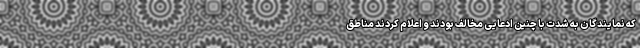
که نمایندگان به شدت با چنین ادعایی مخالف بودند و اعلام کردند مناطق